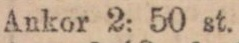
Ankor 2: 50 st.